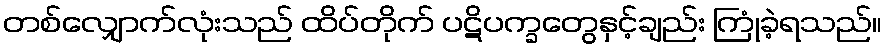
တစ်လျှောက်လုံးသည် ထိပ်တိုက် ပဋိပက္ခတွေနှင့်ချည်း ကြုံခဲ့ရသည်။